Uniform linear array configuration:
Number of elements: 8
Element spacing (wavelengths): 0.75
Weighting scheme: binomial
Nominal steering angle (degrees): -15
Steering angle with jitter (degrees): -13.591
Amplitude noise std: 0.05
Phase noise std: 0.05

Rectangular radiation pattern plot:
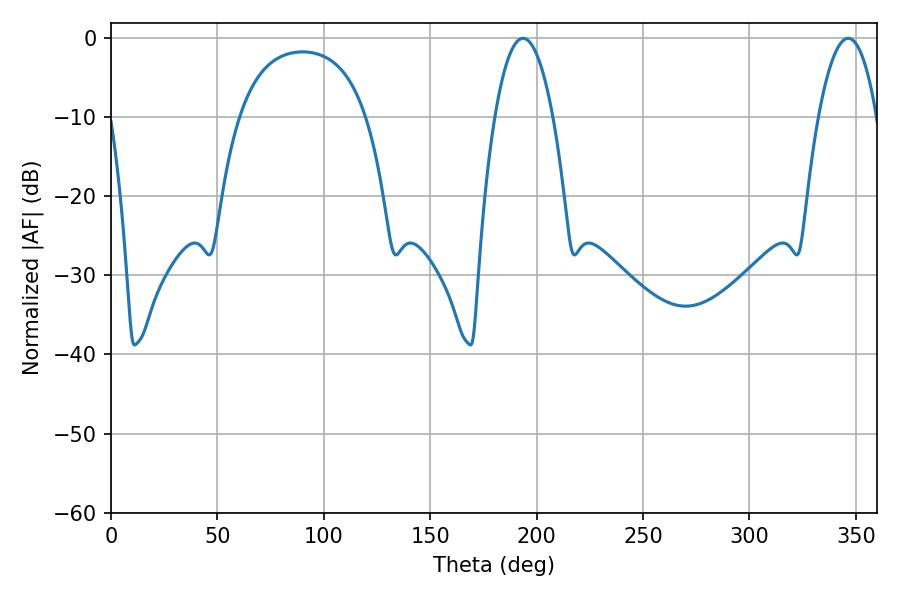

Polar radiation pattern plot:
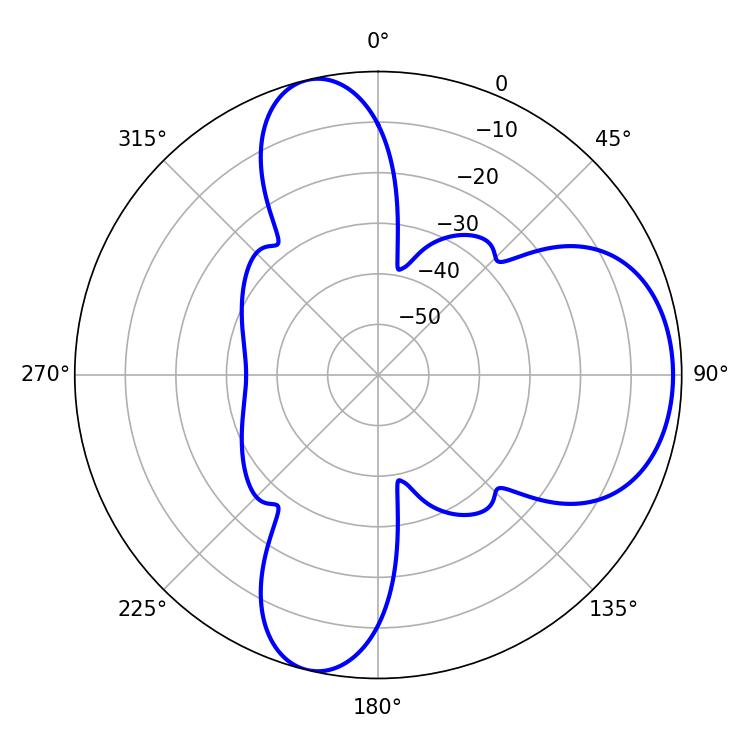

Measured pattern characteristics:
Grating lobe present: TRUE
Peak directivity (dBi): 7.839
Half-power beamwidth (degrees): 15.12
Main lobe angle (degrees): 193.68